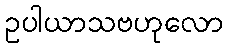
ဥပါယာသဗဟုလော